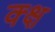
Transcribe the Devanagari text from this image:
क्क्ष